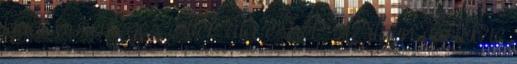
jóval a névleges érték alá eshet. Az ilyen esetekre